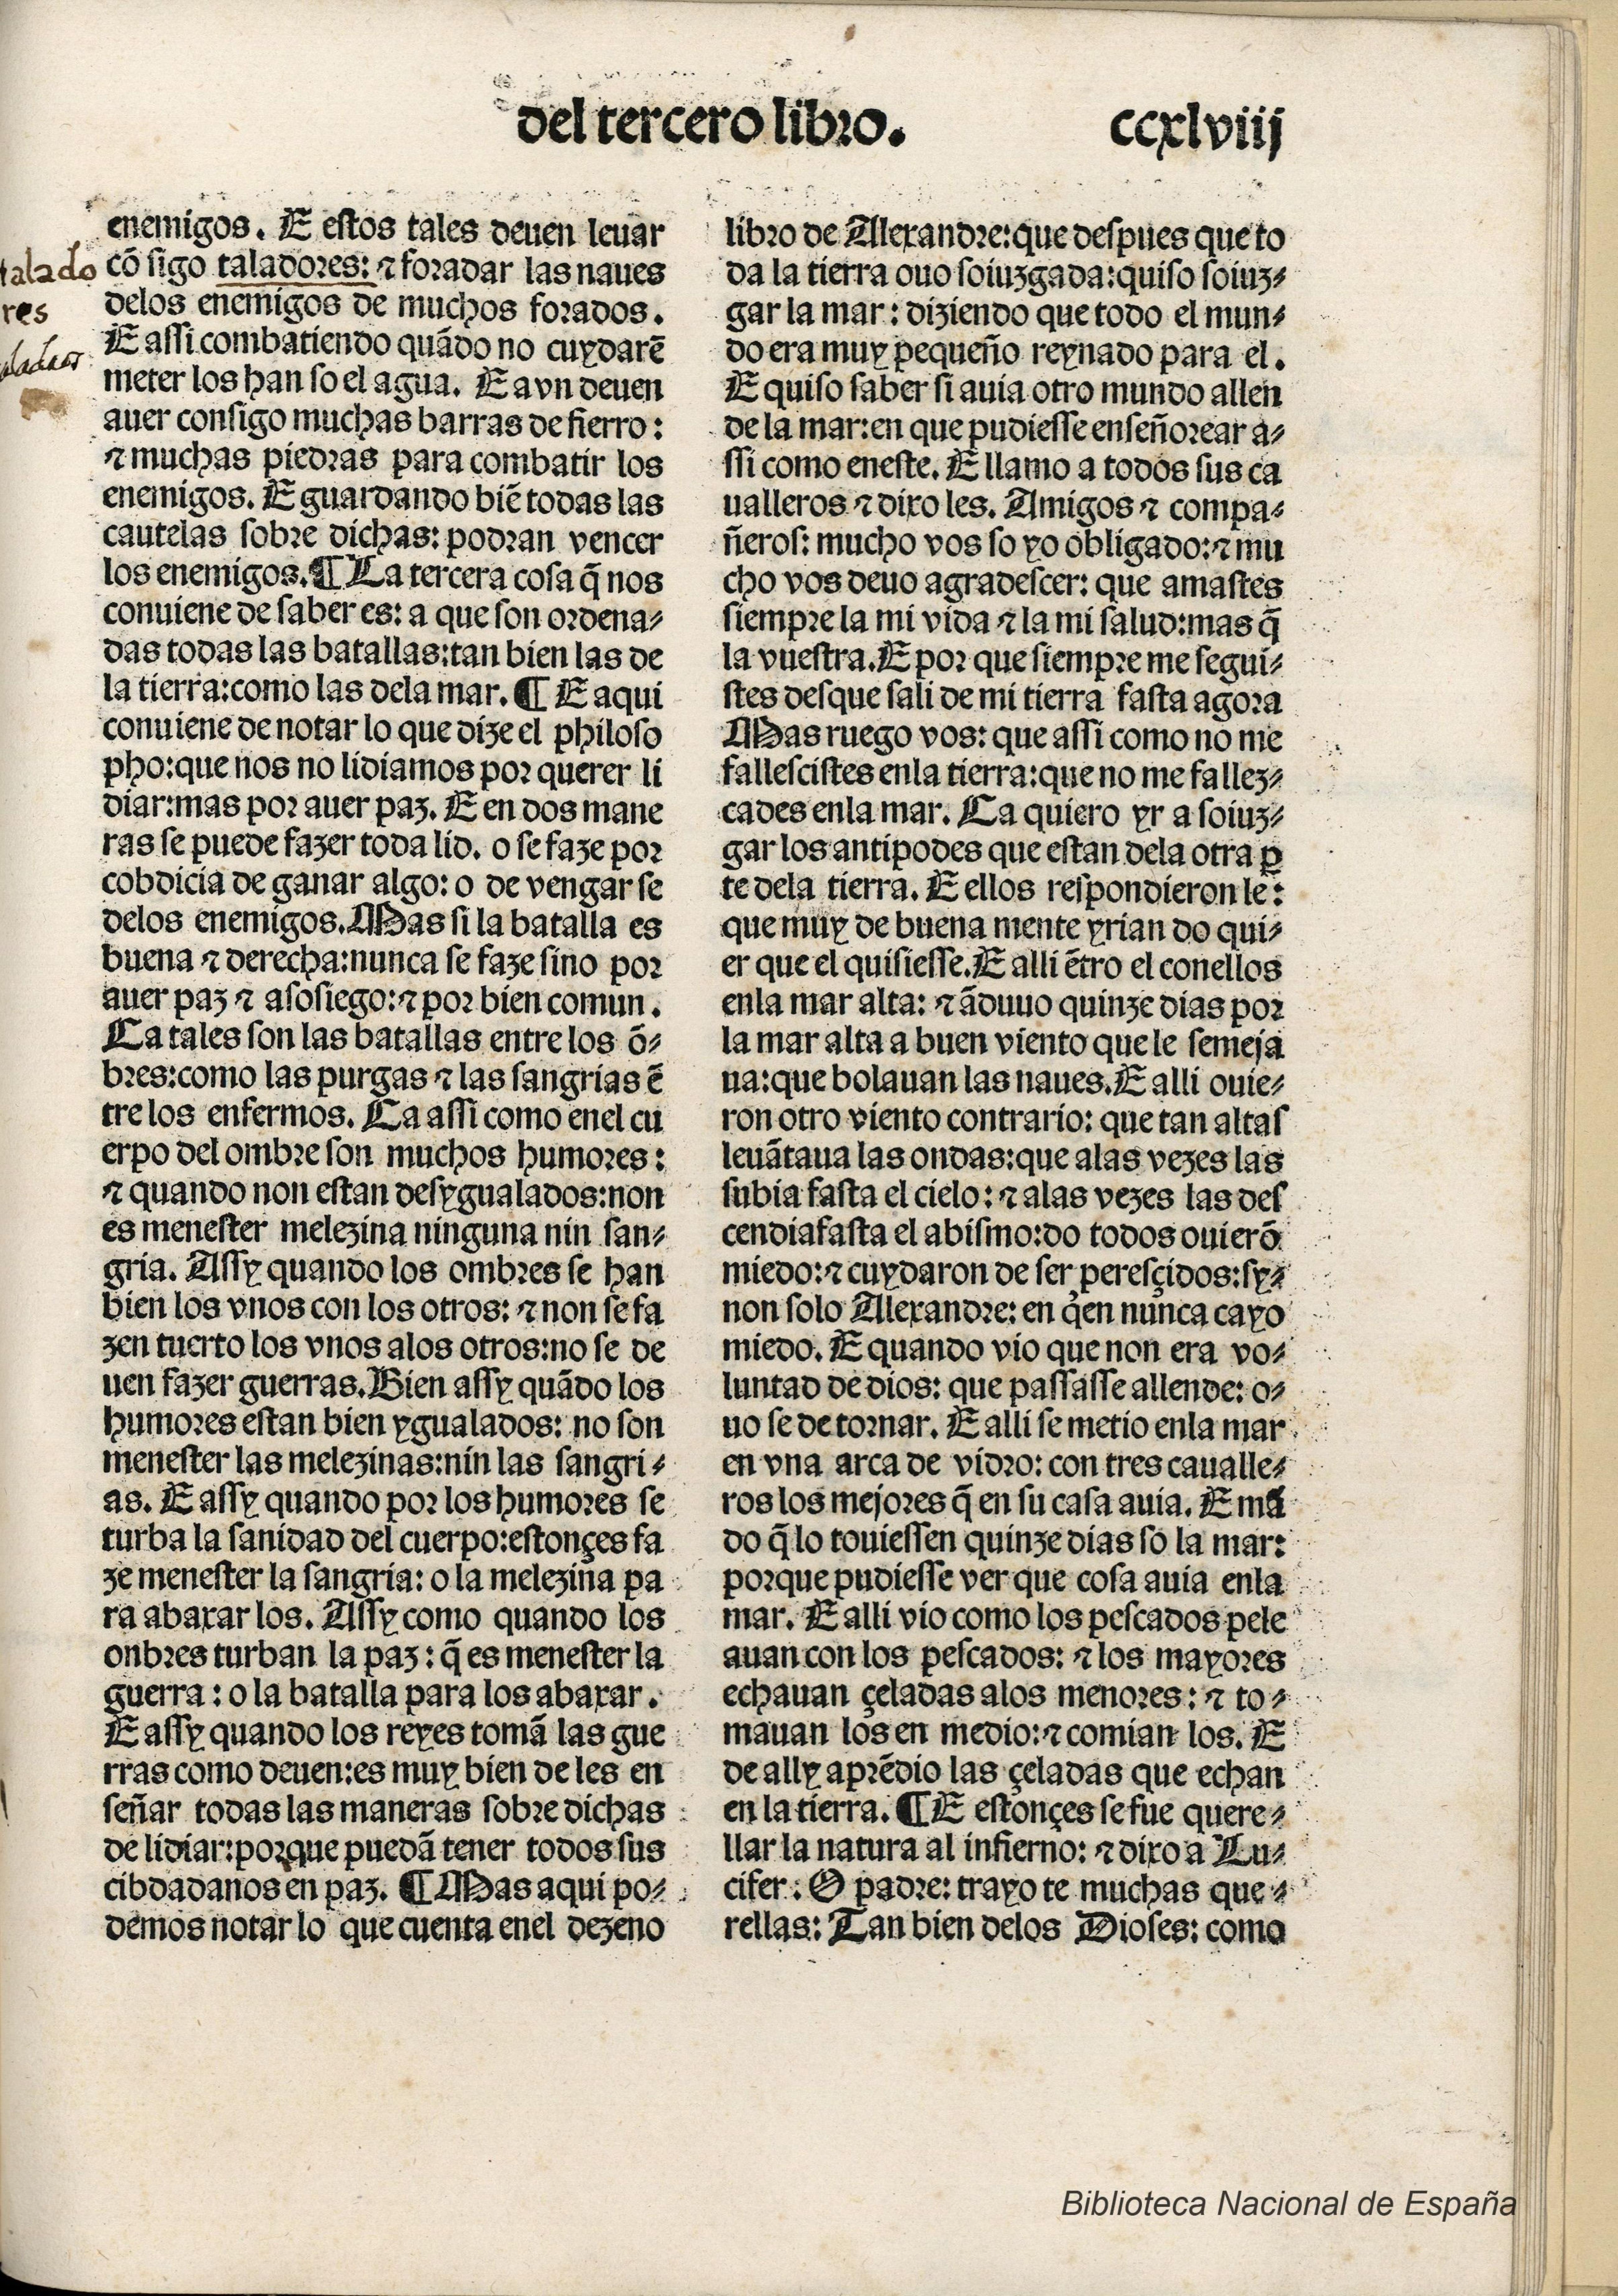
Shelfmark: Madrid, BNE, Inc. 901
Century: 15